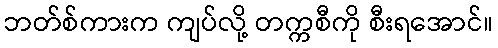
ဘတ်စ်ကားက ကျပ်လို့ တက္ကစီကို စီးရအောင်။